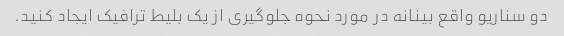
دو سناریو واقع بینانه در مورد نحوه جلوگیری از یک بلیط ترافیک ایجاد کنید.